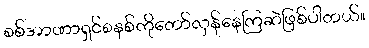
စစ်အာဏာရှင်စနစ်ကိုတော်လှန်နေကြဆဲဖြစ်ပါတယ်။